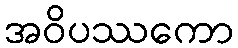
အဝိပဿကော